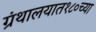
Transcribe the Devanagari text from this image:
ग्रंथालयात१८०च्या